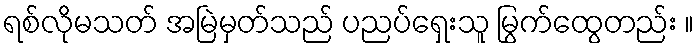
ရစ်လိုမသတ် အမြဲမှတ်သည် ပညပ်ရှေးသူ မြွက်ထွေတည်း ။